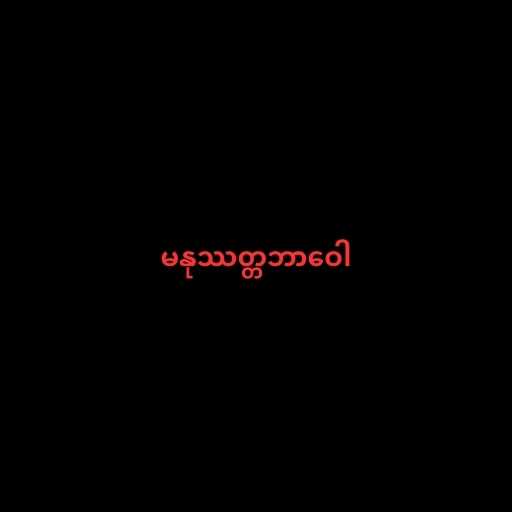
မနုဿတ္တဘာဝေါ